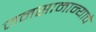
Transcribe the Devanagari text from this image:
जनसामान्याचे